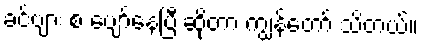
ခင်ဗျား စ ပျော်နေပြီ ဆိုတာ ကျွန်တော် သိတယ်။